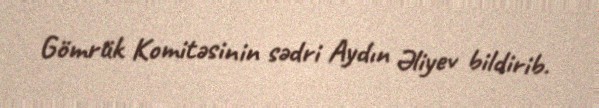
Gömrük Komitəsinin sədri Aydın Əliyev bildirib.